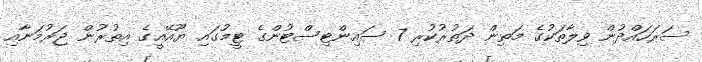
ސަރަހައްދުން ވިލާތަކުގެ މަތިން ދަތުރުކުރި 7 ސައިންޓިސްޓުންގެ ޓީމުގައި ޔޫއޭއީގެ އިތުރުން ޖަރުމަނާއި